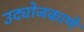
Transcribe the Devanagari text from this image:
उद्योजकाणे